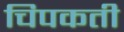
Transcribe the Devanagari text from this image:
चिपकती